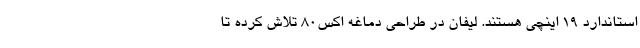
استاندارد 19 اینچی هستند. لیفان در طراحی دماغه اکس80 تلاش کرده تا